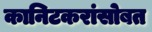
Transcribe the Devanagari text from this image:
कानिटकरांसोबत